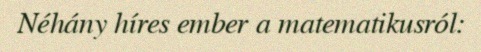
Néhány híres ember a matematikusról: